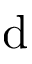
\mathrm { d }